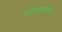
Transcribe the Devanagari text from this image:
आपातकाल।